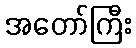
အတော်ကြီး